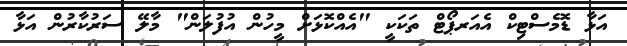
އަޅާ ޑޮމެސްޓިކް އެއަރޕޯޓް ތަކަކީ "އެއްކޮޅަށް މީހުން އުފުލަން" މާލޭ ސަރުކާރުން އަޅާ